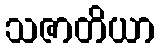
သဇာတိယာ